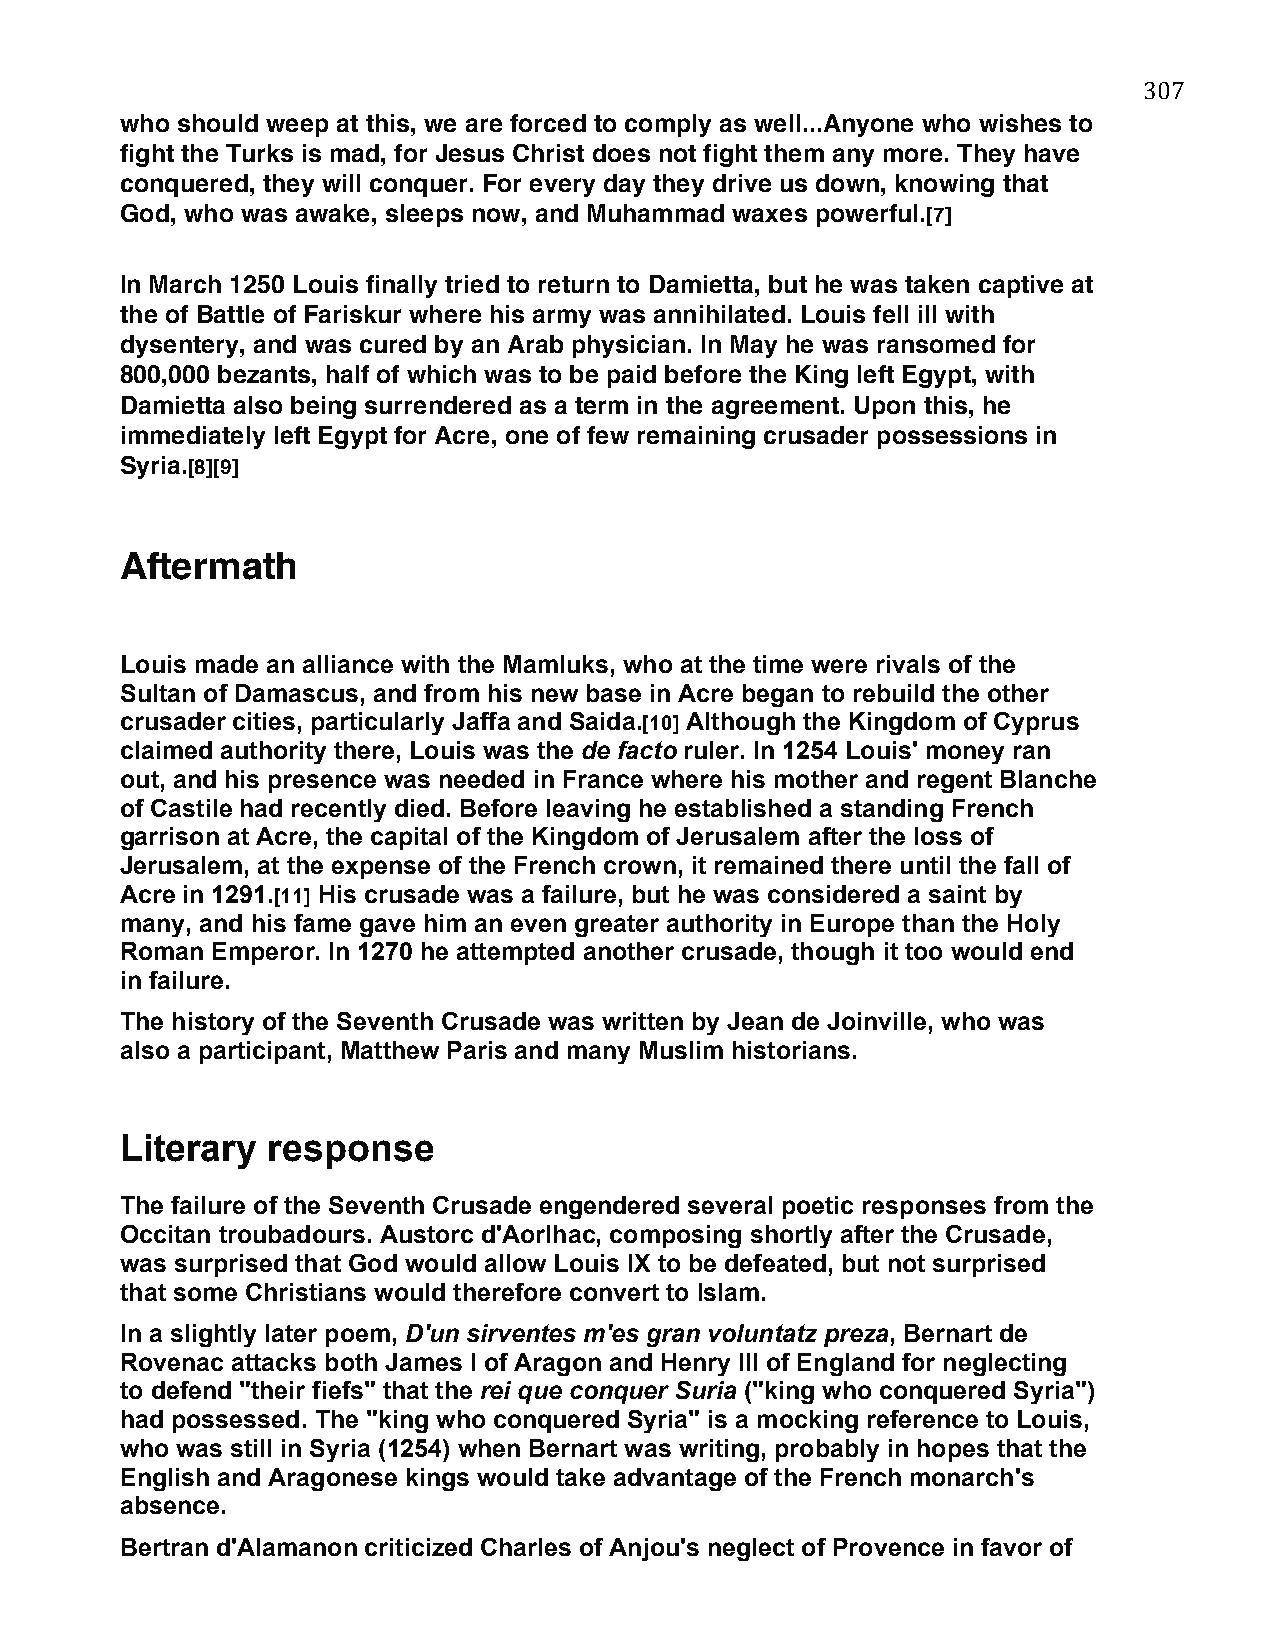
307
 who should weep at this, we are forced to comply as well...Anyone who wishes to
 fight the Turks is mad, for Jesus Christ does not fight them any more. They have
 conquered, they will conquer. For every day they drive us down, knowing that
 God, who was awake, sleeps now, and Muhammad waxes powerful.[7]
 In March 1250 Louis finally tried to return to Damietta, but he was taken captive at
 the of Battle of Fariskur where his army was annihilated. Louis fell ill with
 dysentery, and was cured by an Arab physician. In May he was ransomed for
 800,000 bezants, half of which was to be paid before the King left Egypt, with
 Damietta also being surrendered as a term in the agreement. Upon this, he
 immediately left Egypt for Acre, one of few remaining crusader possessions in
 Syria.[8][9]
 Aftermath
 Louis made an alliance with the Mamluks, who at the time were rivals of the
 Sultan of Damascus, and from his new base in Acre began to rebuild the other
 crusader cities, particularly Jaffa and Saida.[10] Although the Kingdom of Cyprus
 claimed authority there, Louis was the de facto ruler. In 1254 Louis' money ran
 out, and his presence was needed in France where his mother and regent Blanche
 of Castile had recently died. Before leaving he established a standing French
 garrison at Acre, the capital of the Kingdom of Jerusalem after the loss of
 Jerusalem, at the expense of the French crown, it remained there until the fall of
 Acre in 1291.[11] His crusade was a failure, but he was considered a saint by
 many, and his fame gave him an even greater authority in Europe than the Holy
 Roman Emperor. In 1270 he attempted another crusade, though it too would end
 in failure.
 The history of the Seventh Crusade was written by Jean de Joinville, who was
 also a participant, Matthew Paris and many Muslim historians.
 Literary  response
 The failure of the Seventh Crusade engendered several poetic responses from the
 Occitan troubadours. Austorc d'Aorlhac, composing shortly after the Crusade,
 was surprised that God would allow Louis IX to be defeated, but not surprised
 that some Christians would therefore convert to Islam.
 In a slightly later poem, D'un sirventes m'es gran voluntatz preza, Bernart de
 Rovenac attacks both James I of Aragon and Henry III of England for neglecting
 to defend "their fiefs" that the rei que conquer Suria ("king who conquered Syria")
 had possessed. The "king who conquered Syria" is a mocking reference to Louis,
 who was still in Syria (1254) when Bernart was writing, probably in hopes that the
 English and Aragonese kings would take advantage of the French monarch's
 absence.
 Bertran d'Alamanon criticized Charles of Anjou's neglect of Provence in favor of